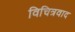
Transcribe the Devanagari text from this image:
विचित्रवाद